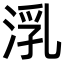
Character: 㳶